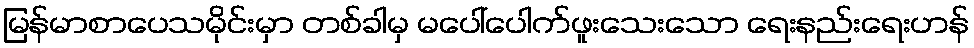
မြန်မာစာပေသမိုင်းမှာ တစ်ခါမှ မပေါ်ပေါက်ဖူးသေးသော ရေးနည်းရေးဟန်